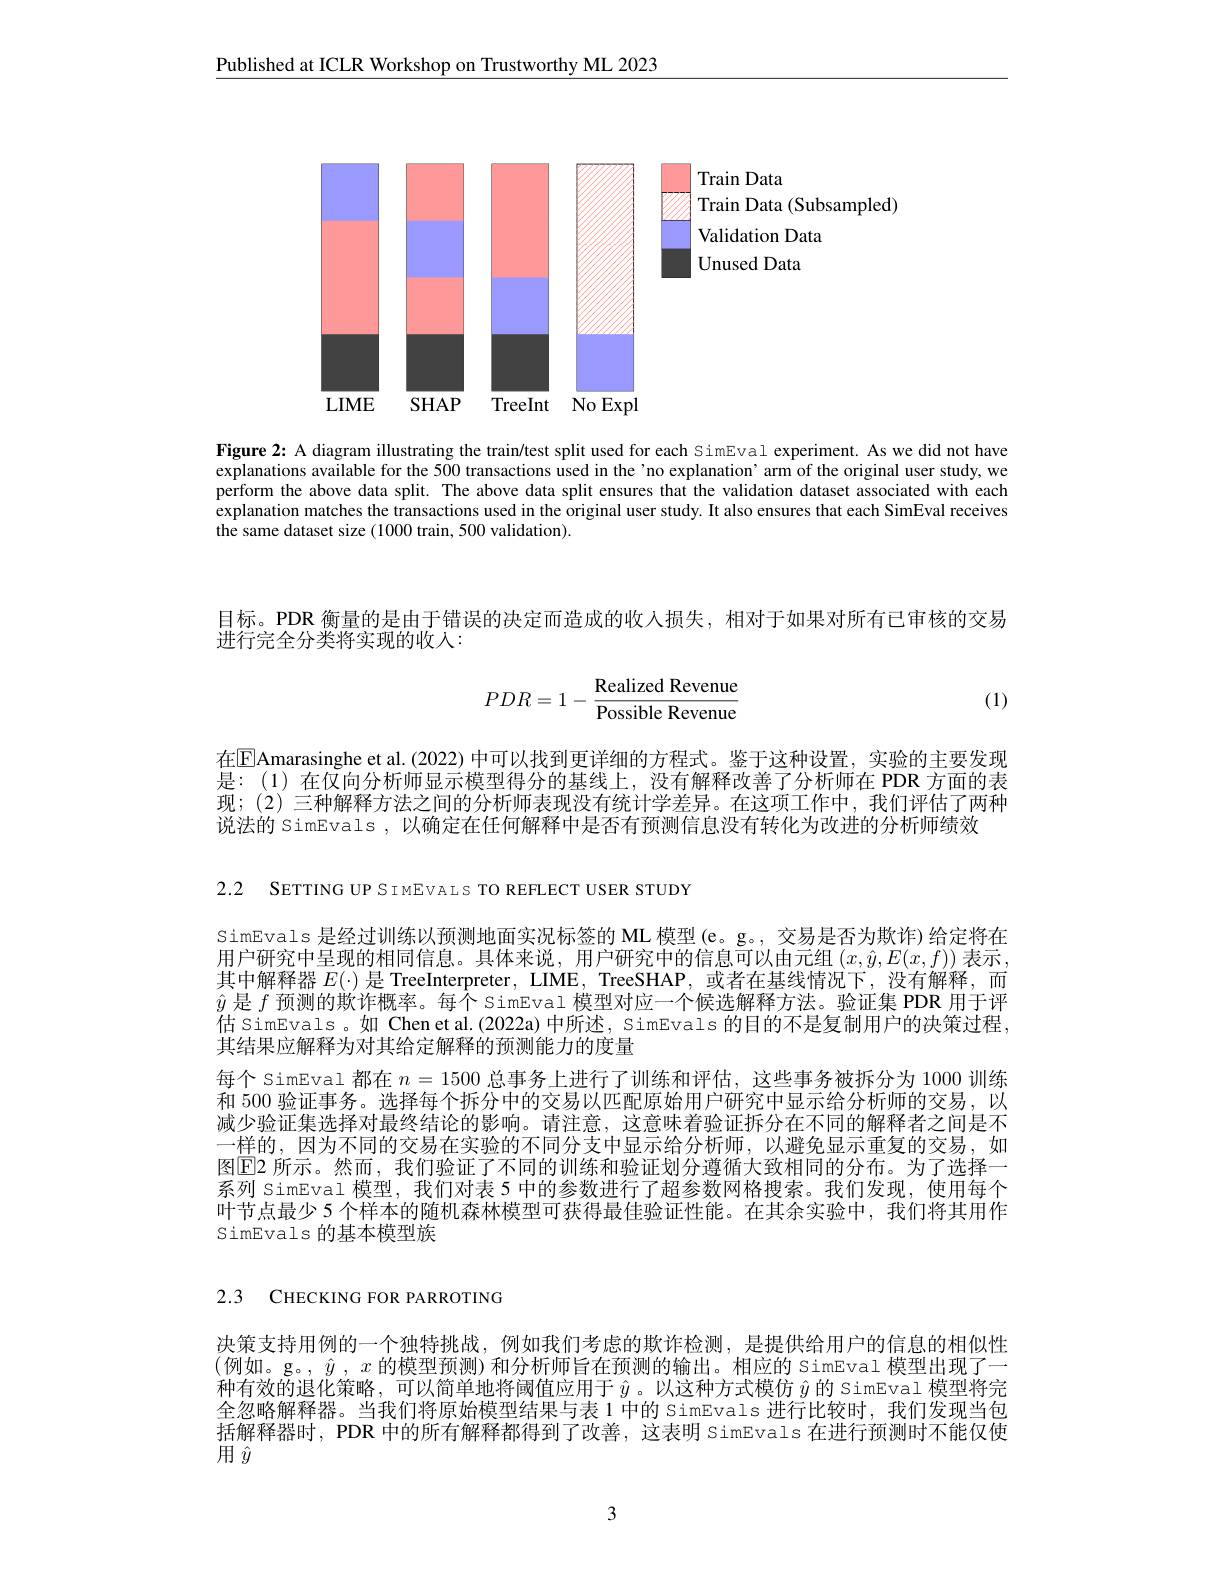
Published at ICLR Workshop on Trustworthy ML 2023

<FigureHere>

Figure 2: A diagram illustrating the train/test split used for each SimEval experiment. As we did not have explanations available for the 500 transactions used in the'no explanation’arm of the original user study, we perform the above data split. The above data split ensures that the validation dataset associated with each explanation matches the transactions used in the original user study. It also ensures that each SimEval receives the same dataset size (1000 train, 500 validation).

目标。PDR 衡量的是由于错误的决定而造成的收入损失，相对于如果对所有已审核的交易
进行完全分类将实现的收入：
$$PDR=1-\frac{\text{Realized Revenue}}{\text{Possible Revenue}}$$
(1)

在$\boxed{\mathrm{F}}$Amarasinghe et al. (2022) 中可以找到更详细的方程式。鉴于这种设置，实验的主要发现是：(1)在仅向分析师显示模型得分的基线上，没有解释改善了分析师在 PDR 方面的表现；(2) 三种解释方法之间的分析师表现没有统计学差异。在这项工作中，我们评估了两种说法的 SimEvals ,以确定在任何解释中是否有预测信息没有转化为改进的分析师绩效

2.2 SETTING UP SIMEVALS TO REFLECT USER STUDY

SimEvals 是经过训练以预测地面实况标签的 ML 模型 (e。g。, 交易是否为欺诈) 给定将在用户研究中呈现的相同信息。具体来说，用户研究中的信息可以由元组$(x,\hat{y},E(x,f))$表示， 其中解释器$E(\cdot)$是 TreeInterpreter, LIME, TreeSHAP, 或者在基线情况下，没有解释，而$\hat{y}$是$f$预测的欺诈概率。每个 SimEval 模型对应一个候选解释方法。验证集 PDR 用于评估 simEvals。如 Chen et al.(2022a) 中所述，SimEvals 的目的不是复制用户的决策过程， 其结果应解释为对其给定解释的预测能力的度量
每个 SimEval 都在$n=1500$总事务上进行了训练和评估，这些事务被拆分为 1000 训练和 500 验证事务。选择每个拆分中的交易以匹配原始用户研究中显示给分析师的交易，以减少验证集选择对最终结论的影响。请注意，这意味着验证拆分在不同的解释者之间是不一样的，因为不同的交易在实验的不同分支中显示给分析师，以避免显示重复的交易，如图$\operatorname{E}$2 所示。然而，我们验证了不同的训练和验证划分遵循大致相同的分布。为了选择一系列 SimEval 模型，我们对表 5 中的参数进行了超参数网格搜索。我们发现，使用每个叶节点最少 5 个样本的随机森林模型可获得最佳验证性能。在其余实验中，我们将其用作SimEvals 的基本模型族

2.3 CHECKING FOR PARROTING

决策支持用例的一个独特挑战，例如我们考虑的欺诈检测，是提供给用户的信息的相似性(例如。g。, $\hat{y},x$ 的模型预测)和分析师旨在预测的输出。相应的 SimEval 模型出现了一种有效的退化策略，可以简单地将阈值应用于$\hat{y}$。以这种方式模仿 $\hat{y}$ 的 SimEval 模型将完全忽略解释器。当我们将原始模型结果与表 1 中的 SimEvals 进行比较时，我们发现当包括解释器时，PDR 中的所有解释都得到了改善，这表明 SimEvals 在进行预测时不能仅使用$\hat{y}$

3